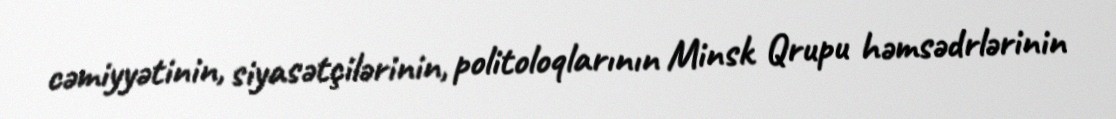
cəmiyyətinin, siyasətçilərinin, politoloqlarının Minsk Qrupu həmsədrlərinin